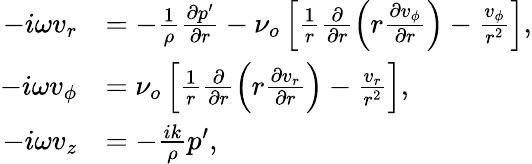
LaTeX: \begin{array}{rl}{-i\omega v_{r}}&{=-\frac{1}{\rho}\frac{\partial p^{\prime}}{\partial r}-\nu_{o}\left[\frac{1}{r}\frac{\partial}{\partial r}\left(r\frac{\partial v_{\phi}}{\partial r}\right)-\frac{v_{\phi}}{r^{2}}\right],}\\ {-i\omega v_{\phi}}&{=\nu_{o}\left[\frac{1}{r}\frac{\partial}{\partial r}\left(r\frac{\partial v_{r}}{\partial r}\right)-\frac{v_{r}}{r^{2}}\right],}\\ {-i\omega v_{z}}&{=-\frac{ik}{\rho}p^{\prime},}\end{array}